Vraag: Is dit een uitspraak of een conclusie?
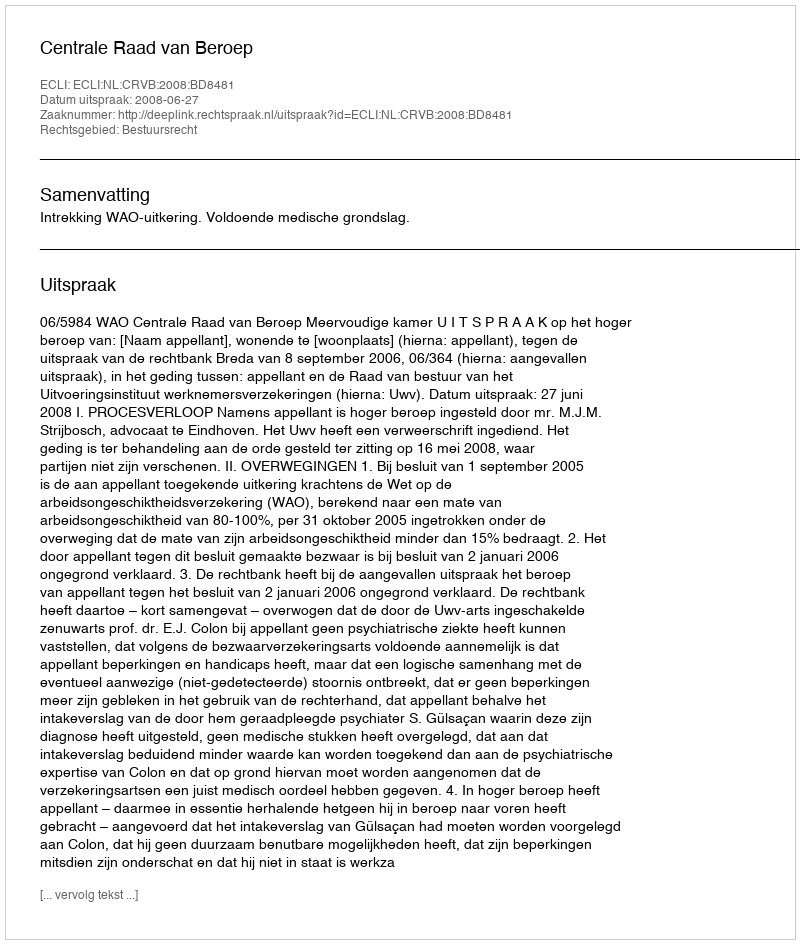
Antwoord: Uitspraak